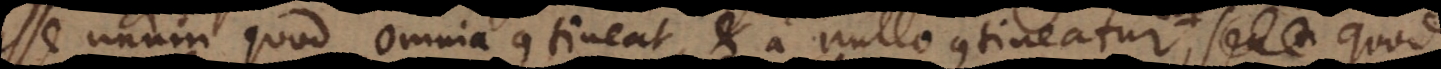
esse unum quod omnia contineat, et a nullo contineatur, quod